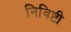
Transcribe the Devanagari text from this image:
निविष्टी